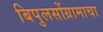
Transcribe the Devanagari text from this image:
बिपुलसोंग्रामाचा